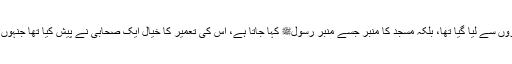
عہد ِصحابہؓ میں مساجد کے لیے مینار بنانے کا خیال شام کے گرجا گھروں سے لیا گیا تھا، بلکہ مسجد کا منبر جسے منبر ِرسولﷺ کہا جاتا ہے، اس کی تعمیر کا خیال ایک صحابیؓ نے پیش کیا تھا جنہوں نے شام کے گرجا گھروں میں پادریوں کو اس کا استعمال کرتے دیکھا۔